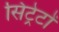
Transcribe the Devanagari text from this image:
सिट्रेटों